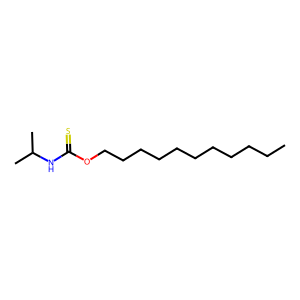
SMILES: CCCCCCCCCCCOC(=S)NC(C)C
Inhibits HIV replication: No